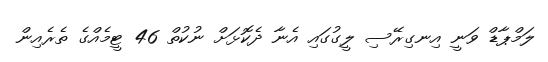
ލަމްޕާޑް ވަނީ އިނގިރޭސި ލީގުގައި އެނާ ދެކޮޅަށް ނުކުތް 46 ޓީމެއްގެ ތެރެއިން